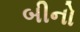
બીનો